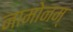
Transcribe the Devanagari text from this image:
नामोनम्